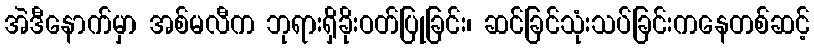
အဲဒီနောက်မှာ အစ်မလီက ဘုရားရှိခိုးဝတ်ပြုခြင်း၊ ဆင်ခြင်သုံးသပ်ခြင်းကနေတစ်ဆင့်